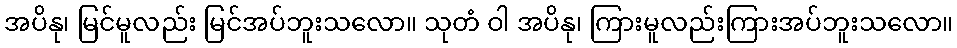
အပိနု၊ မြင်မူလည်း မြင်အပ်ဘူးသလော။ သုတံ ဝါ အပိနု၊ ကြားမူလည်းကြားအပ်ဘူးသလော။